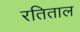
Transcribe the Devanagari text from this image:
रतिताल